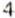
4